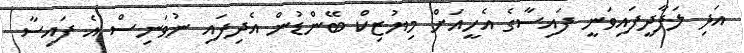
އަދި ލަފާދީފައިވަނީ ފައިސާގެ އެހީއަށް މިޔުޒިކް ބޭންޑުން އެދިފައި ނުވަނިސް އެ ފައިސާ